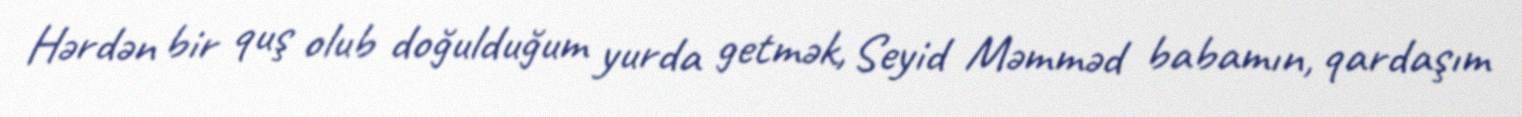
Hərdən bir quş olub doğulduğum yurda getmək, Seyid Məmməd babamın, qardaşım